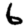
Digit: 6